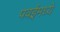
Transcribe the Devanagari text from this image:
पवईमध्ये